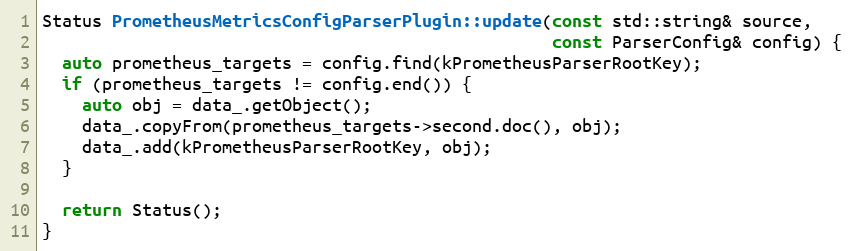
Language: C++
Status PrometheusMetricsConfigParserPlugin::update(const std::string& source,
                                                   const ParserConfig& config) {
  auto prometheus_targets = config.find(kPrometheusParserRootKey);
  if (prometheus_targets != config.end()) {
    auto obj = data_.getObject();
    data_.copyFrom(prometheus_targets->second.doc(), obj);
    data_.add(kPrometheusParserRootKey, obj);
  }

  return Status();
}